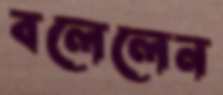
বলেলেন